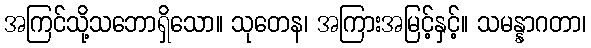
အကြင်သို့သဘောရှိသော။ သုတေန၊ အကြားအမြင့်နှင့်။ သမန္နာဂတာ၊